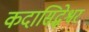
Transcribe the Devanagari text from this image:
कदासिद्धेश्वर